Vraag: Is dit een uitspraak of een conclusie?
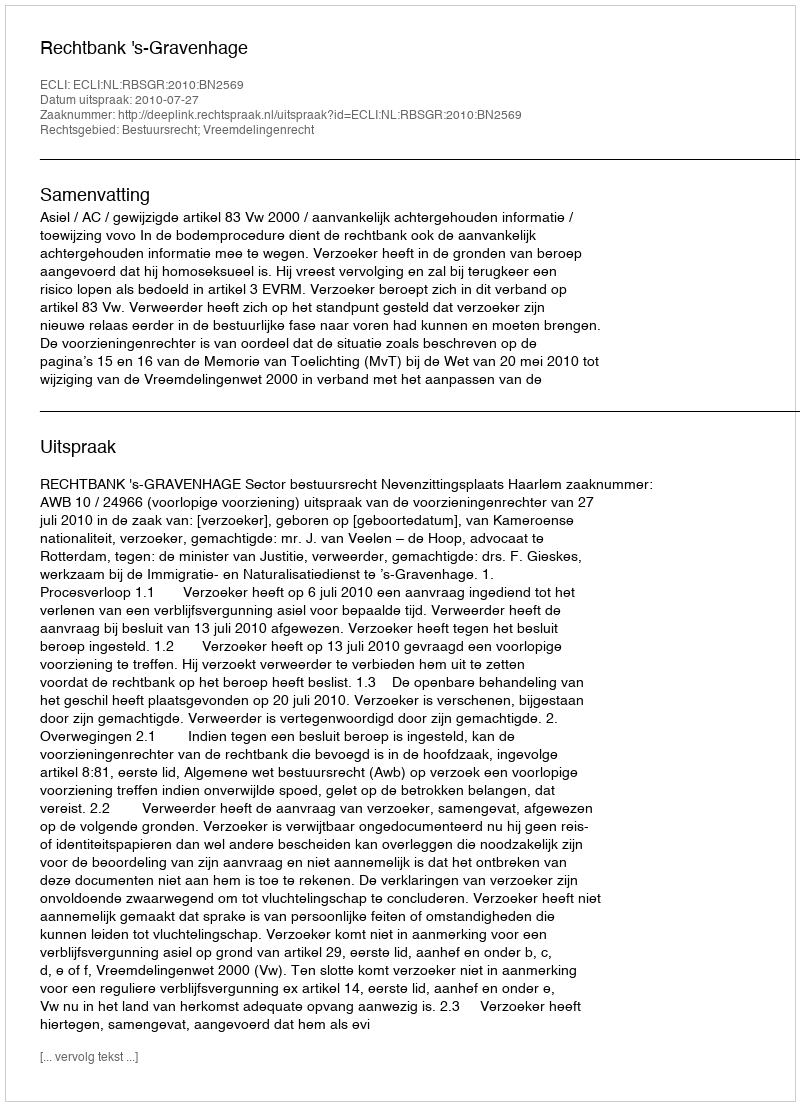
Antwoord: Uitspraak